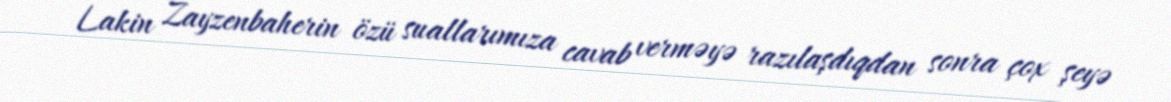
Lakin Zayzenbaherin özü suallarımıza cavab verməyə razılaşdıqdan sonra çox şeyə